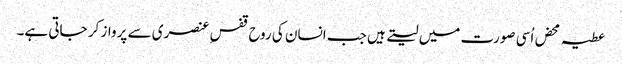
عطیہ محض اُسی صورت میں لیتے ہیں جب انسان کی روح قفس ِعنصری سے پرواز کر جاتی ہے۔